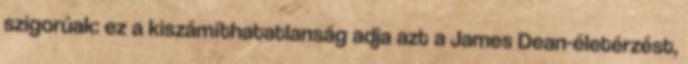
szigorúak: ez a kiszámíthatatlanság adja azt a James Dean-életérzést,